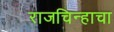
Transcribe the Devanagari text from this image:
राजचिन्हाचा